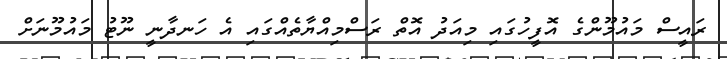
ރައީސް މައުމޫންގެ އޮފީހުގައި މިއަދު އޮތް ރަސްމިއްޔާތެއްގައި އެ ހަނދާނީ ނޫޓު މައުމޫނަށް